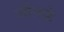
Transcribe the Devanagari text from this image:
जीवके